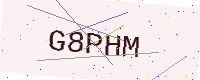
Text: G8PHM